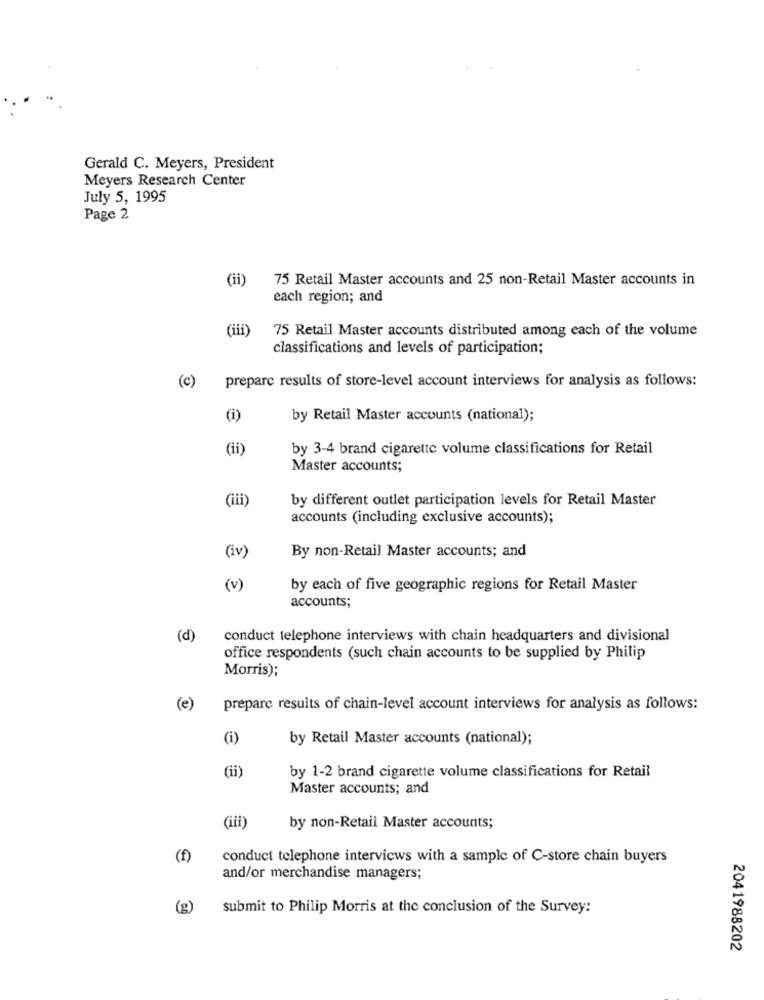
Gerald C. Meyers, President
Meyers Research Center
July 5, 1995
Page 2
(ii)
75 Retail Master accounts and 25 non-Retail Master accounts in
each region; and
(iii'
75 Retail Master accounts distributed among each of the volume
classifications and levels of participation;
prepare results of store-level account interviews for analysis as follows:
(c)
(i)
by Retail Master accounts (national);
(ii)
by 3-4 brand cigarette volume classifications for Retail
Master accounts;
by different outlet participation levels for Retail Master
accounts (including exclusive accounts);
(iv)
By non-Retail Master accounts; and
(v)
by each of five geographic regions for Retail Master
accounts;
(d)
conduct telephone interviews with chain headquarters and divisional
office respondents (such chain accounts to be supplied by Philip
Morris);
(e)
prepare results of chain-level account interviews for analysis as follows:
(i)
by Retail Master accounts (national);
by 1-2 brand cigarette volume classifications for Retail
(ii)
Master accounts; and
(iii)
by non-Retail Master accounts;
(f)
conduct telephone interviews with a sample of C-store chain buyers
and/or merchandise managers;
(g)
submit to Philip Morris at the conclusion of the Survey:
2041988202